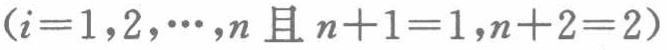
$(i = 1,2,\cdots,n \text{ 且 } n + 1 = 1,n + 2 = 2)$